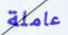
عاملة